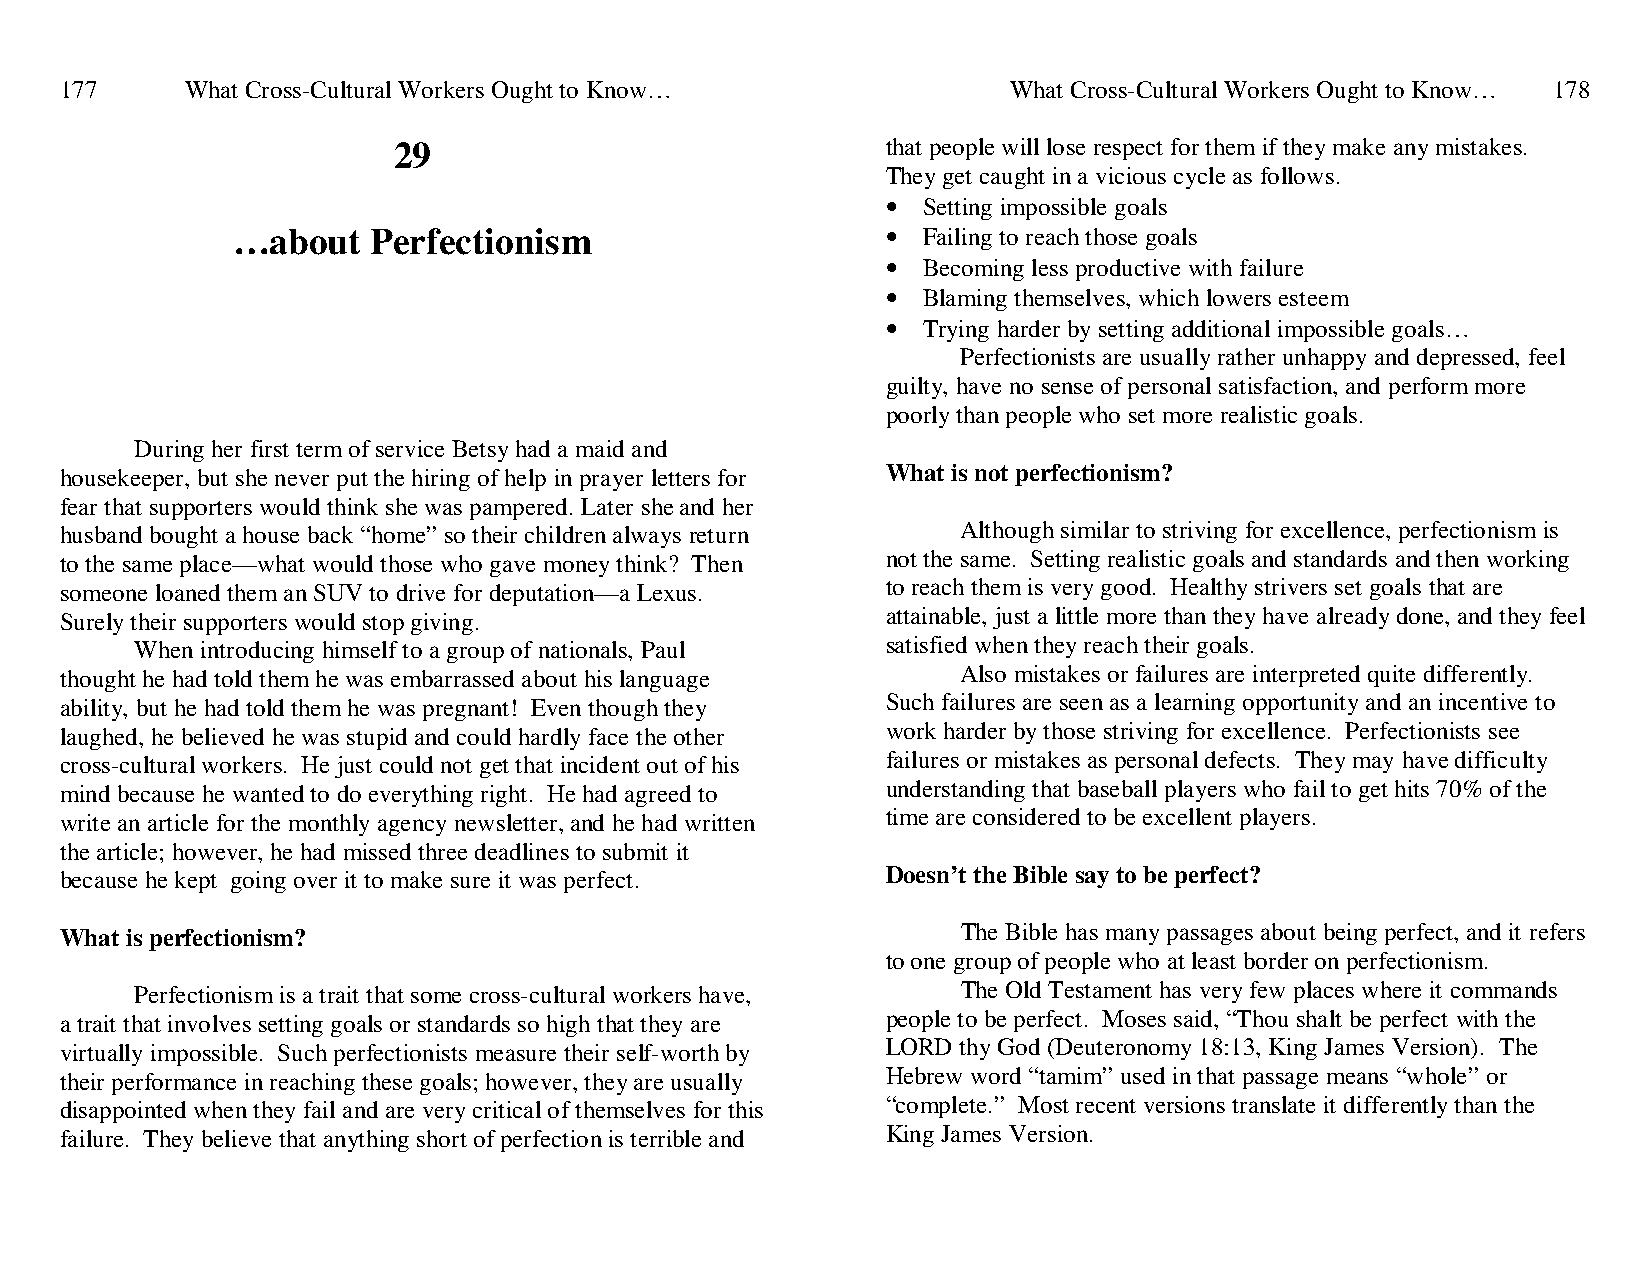
177     What Cross-Cultural Workers Ought to Know…             What Cross-Cultural Workers Ought to Know… 178
 29                               that people will lose respect for them if they make any mistakes.
 They get caught in a vicious cycle as follows.
 • Setting impossible goals
 …about    Perfectionism                     • Failing to reach those goals
 • Becoming less productive with failure
 • Blaming themselves, which lowers esteem
 • Trying harder by setting additional impossible goals…
 Perfectionists are usually rather unhappy and depressed, feel
 guilty, have no sense of personal satisfaction, and perform more
 poorly than people who set more realistic goals.
 During her first term of service Betsy had a maid and
 housekeeper, but she never put the hiring of help in prayer letters for What is not perfectionism?
 fear that supporters would think she was pampered. Later she and her
 husband bought a house back “home” so their children always return Although similar to striving for excellence, perfectionism is
 to the same place—what would those who gave money think? Then not the same. Setting realistic goals and standards and then working
 someone loaned them an SUV to drive for deputation—a Lexus. to reach them is very good. Healthy strivers set goals that are
 Surely their supporters would stop giving.             attainable, just a little more than they have already done, and they feel
 When introducing himself to a group of nationals, Paul satisfied when they reach their goals.
 thought he had told them he was embarrassed about his language Also mistakes or failures are interpreted quite differently.
 ability, but he had told them he was pregnant! Even though they Such failures are seen as a learning opportunity and an incentive to
 laughed, he believed he was stupid and could hardly face the other work harder by those striving for excellence. Perfectionists see
 cross-cultural workers. He just could not get that incident out of his failures or mistakes as personal defects. They may have difficulty
 mind because he wanted to do everything right. He had agreed to understanding that baseball players who fail to get hits 70% of the
 write an article for the monthly agency newsletter, and he had written time are considered to be excellent players.
 the article; however, he had missed three deadlines to submit it
 because he kept going over it to make sure it was perfect. Doesn’t the Bible say to be perfect?
 What is perfectionism?                                      The Bible has many passages about being perfect, and it refers
 to one group of people who at least border on perfectionism.
 Perfectionism is a trait that some cross-cultural workers have, The Old Testament has very few places where it commands
 a trait that involves setting goals or standards so high that they are people to be perfect. Moses said, “Thou shalt be perfect with the
 virtually impossible. Such perfectionists measure their self-worth by LORD thy God (Deuteronomy 18:13, King James Version). The
 their performance in reaching these goals; however, they are usually Hebrew word “tamim” used in that passage means “whole” or
 disappointed when they fail and are very critical of themselves for this “complete.” Most recent versions translate it differently than the
 failure. They believe that anything short of perfection is terrible and King James Version.